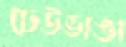
ঢেউভাঙা